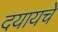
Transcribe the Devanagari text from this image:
दयायचे